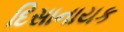
દિસાનાયક